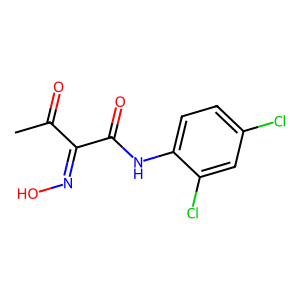
SMILES: CC(=O)C(=NO)C(=O)Nc1ccc(Cl)cc1Cl
Inhibits HIV replication: No